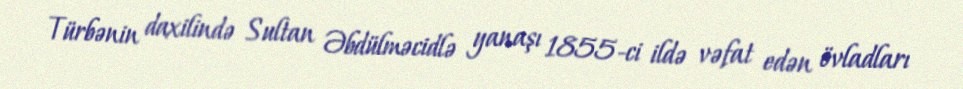
Türbənin daxilində Sultan Əbdülməcidlə yanaşı 1855-ci ildə vəfat edən övladları